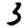
Digit: 3